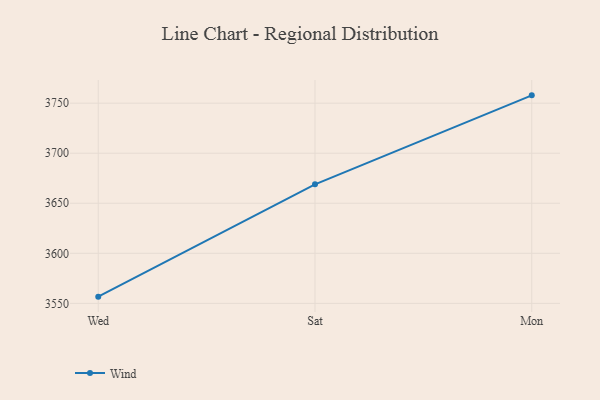
{"axis": {"x": "Day", "y": "Temperature (°C)"}, "legend": ["Wind"], "data": [{"x": "Wed", "y": 3556.7, "type": "Wind"}, {"x": "Sat", "y": 3668.9, "type": "Wind"}, {"x": "Mon", "y": 3757.8, "type": "Wind"}]}